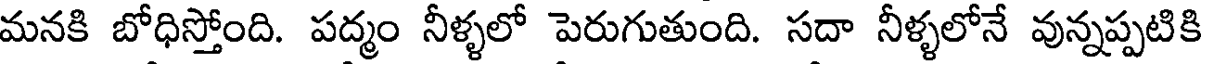
మనకి బోధిస్తోంది. పద్మం నీళ్ళలో పెరుగుతుంది. సదా నీళ్ళలోనే వున్నప్పటికి